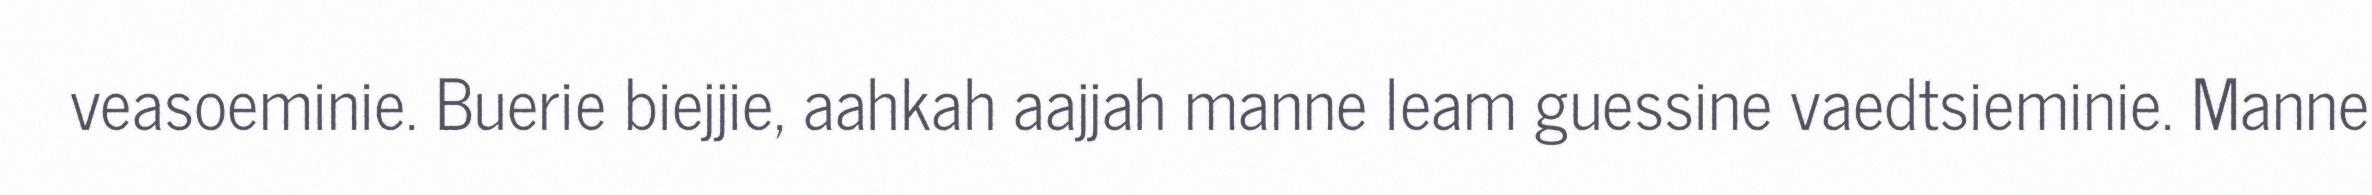
veasoeminie. Buerie biejjie, aahkah aajjah manne leam guessine vaedtsieminie. Manne